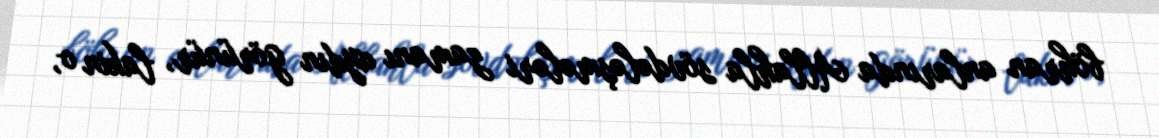
böhran anlarında Allahla sövdələşmələri zamanı aydın görünür, lakin o,